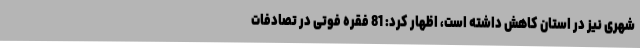
شهری نیز در استان کاهش داشته است، اظهار کرد: 81 فقره فوتی در تصادفات